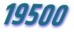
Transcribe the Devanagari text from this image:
१९५००